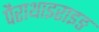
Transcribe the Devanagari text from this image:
पैराथाइराइङ